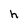
Character: h